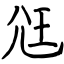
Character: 尩